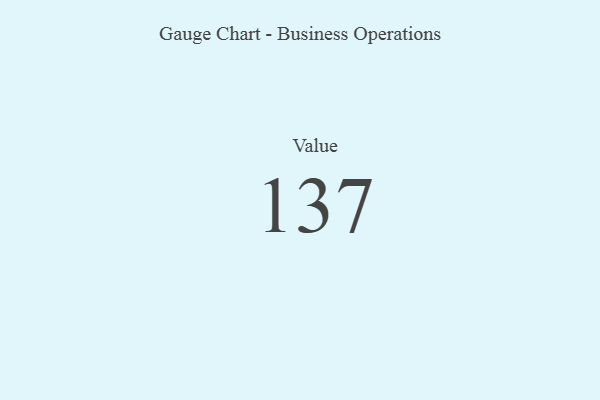
{"axis": {"x": "Metric", "y": "Value"}, "legend": [""], "data": [{"x": "Value", "y": 137, "type": ""}]}